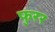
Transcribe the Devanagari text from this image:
फुरर